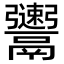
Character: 𩱫